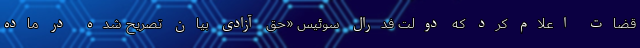
قضات اعلام کرد که دولت فدرال سوئیس «حق آزادی بیان تصریح شده در ماده